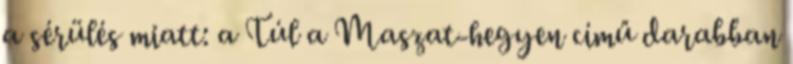
a sérülés miatt: a Túl a Maszat-hegyen című darabban